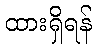
ထားရှိရန်